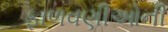
ફાળવણીઓની